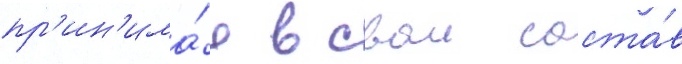
пр'ин'има́я в свои соста́в